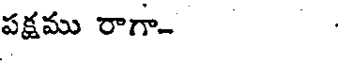
పక్షము రాగా-